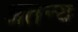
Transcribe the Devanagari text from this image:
अतन्य